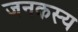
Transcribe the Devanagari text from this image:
जनकस्य